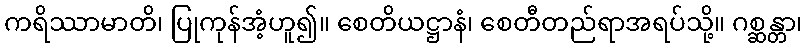
ကရိဿာမာတိ၊ ပြုကုန်အံ့ဟူ၍။ စေတိယဋ္ဌာနံ၊ စေတီတည်ရာအရပ်သို့။ ဂစ္ဆန္တာ၊